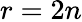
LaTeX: r=2n